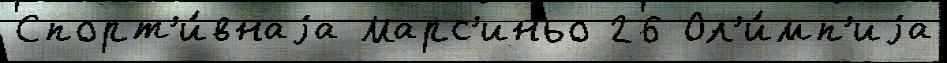
Спорт'и́внаjа Марс'иньо 26 Ол'и́мп'иjа